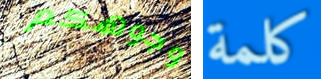
وجوهكم كلمة